Epidemic dropsy in Calcutta - Number 49
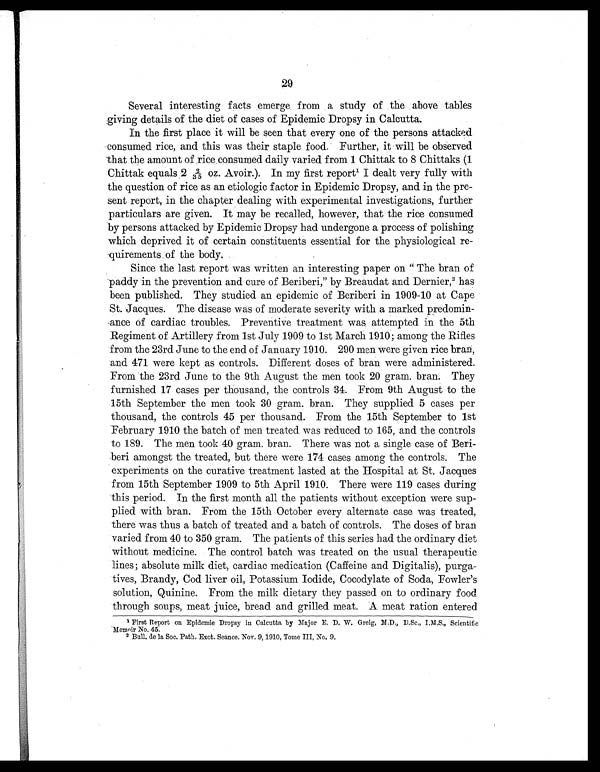
29
Several interesting facts emerge from a study of the above tables
giving details of the diet of cases of Epidemic Dropsy in Calcutta.
In the first place it will be seen that every one of the persons attacked
consumed rice, and this was their staple food. Further, it will be observed
that the amount of rice consumed daily varied from 1 Chittak to 8 Chittaks (1
Chittak equals 2 2/35 oz. Avoir.). In my first report 1 I dealt very fully with
the question of rice as an etiologic factor in Epidemic Dropsy, and in the pre-
sent report, in the chapter dealing with experimental investigations, further
particulars are given. It may be recalled, however, that the rice consumed
by persons attacked by Epidemic Dropsy had undergone a process of polishing
which deprived it of certain constituents essential for the physiological re-
quirements of the body.
Since the last report was written an interesting paper on " The bran of
paddy in the prevention and cure of Beriberi," by Breaudat and Dernier, 2 has
been published. They studied an epidemic of Beriberi in 1909-10 at Cape
St. Jacques. The disease was of moderate severity with a marked predomin-
ance of cardiac troubles. Preventive treatment was attempted in the 5th
Regiment of Artillery from 1st July 1909 to 1st March 1910; among the Rifles
from the 23rd June to the end of January 1910. 290 men were given rice bran,
and 471 were kept as controls. Different doses of bran were administered.
From the 23rd June to the 9th August the men took 20 gram. bran. They
furnished 17 cases per thousand, the controls 34. From 9th August to the
15th September the men took 30 gram. bran. They supplied 5 cases per
thousand, the controls 45 per thousand. From the 15th September to 1st
February 1910 the batch of men treated was reduced to 165, and the controls
to 189. The men took 40 gram. bran. There was not a single case of Beri-
beri amongst the treated, but there were 174 cases among the controls. The
experiments on the curative treatment lasted at the Hospital at St. Jacques
from 15th September 1909 to 5th April 1910. There were 119 cases during
this period. In the first month all the patients without exception were sup-
plied with bran. From the 15th October every alternate case was treated,
there was thus a batch of treated and a batch of controls. The doses of bran
varied from 40 to 350 gram. The patients of this series had the ordinary diet
without medicine. The control batch was treated on the usual therapeutic
lines; absolute milk diet, cardiac medication (Caffeine and Digitalis), purga-
tives, Brandy, Cod liver oil, Potassium Iodide, Cocodylate of Soda, Fowler's
solution, Quinine. From the milk dietary they passed on to ordinary food
through soups, meat juice, bread and grilled meat. A meat ration entered
1 First Report on Epidemie Dropsy in Calcutta by Major E. D. W. Greig, M.D., D.Sc., I.M.S., Scientific
Memoir No. 45.
2 Bull. de la Soc. Path. Exot. Seance. Nov. 9, 1910, Tome III, No. 9.